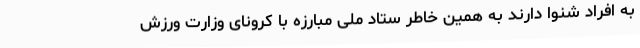
به افراد شنوا دارند به همین خاطر ستاد ملی مبارزه با کرونای وزارت ورزش